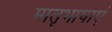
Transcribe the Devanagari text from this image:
मातृभाषाएं